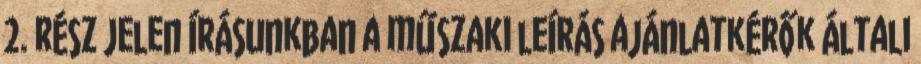
2. rész Jelen írásunkban a műszaki leírás ajánlatkérők általi